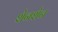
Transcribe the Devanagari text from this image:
शेनशेन